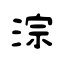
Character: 淙